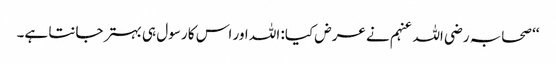
‘‘ صحابہ رضی اللہ عنہم نے عرض کیا: اللہ اور اس کا رسول ہی بہتر جانتا ہے۔